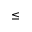
\le